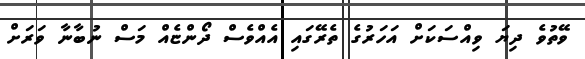
ވޭތުވެ ދިޔަ ވިއްސަކަށް އަހަރުގެ ތެރޭގައި އެއްވެސް ދޯންޏެއް މަސް ނުބާނާ ވަރަށް